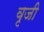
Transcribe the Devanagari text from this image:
वृजी